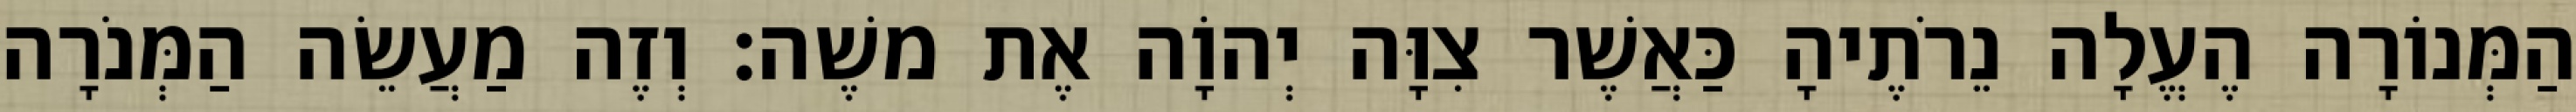
הַמְּנוֹרָה הֶעֱלָה נֵרֹתֶיהָ כַּאֲשֶׁר צִוָּה יְהוָֹה אֶת משֶׁה׃ וְזֶה מַעֲשֵׂה הַמְּנֹרָה